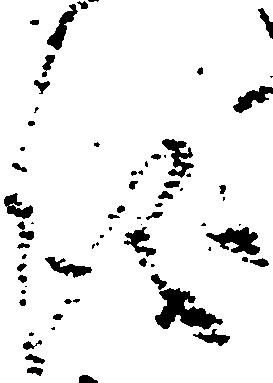
儀